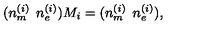
( n _ { m } ^ { ( i ) } \: \: n _ { e } ^ { ( i ) } ) M _ { i } = ( n _ { m } ^ { ( i ) } \: \: n _ { e } ^ { ( i ) } ) ,